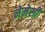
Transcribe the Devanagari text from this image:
नेमेसी